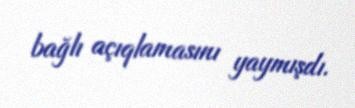
bağlı açıqlamasını yaymışdı.